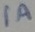
Text: 1A